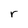
Character: r